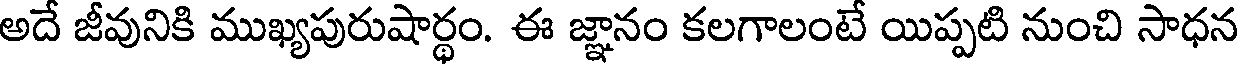
అదే జీవునికి ముఖ్యపురుషార్థం. ఈ జ్ఞానం కలగాలంటే యిప్పటి నుంచి సాధన